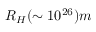
R _ { H } ( \sim 1 0 ^ { 2 6 } ) m